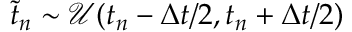
\Tilde { t } _ { n } \sim \mathcal { U } ( t _ { n } - \Delta t / 2 , t _ { n } + \Delta t / 2 )